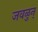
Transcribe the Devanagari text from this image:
जवळुन्